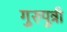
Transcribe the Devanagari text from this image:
गुरुपुत्री